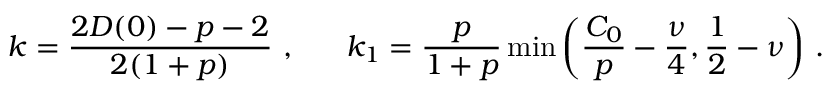
k = \frac { 2 { \cal D } ( 0 ) - p - 2 } { 2 ( 1 + p ) } \, \, , \, \, \, \, \, \, \, \, \, \, k _ { 1 } = \frac { p } { 1 + p } \operatorname * { m i n } \left( \frac { C _ { 0 } } { p } - \frac { \nu } { 4 } , \frac { 1 } { 2 } - \nu \right) \, \mathrm { . }